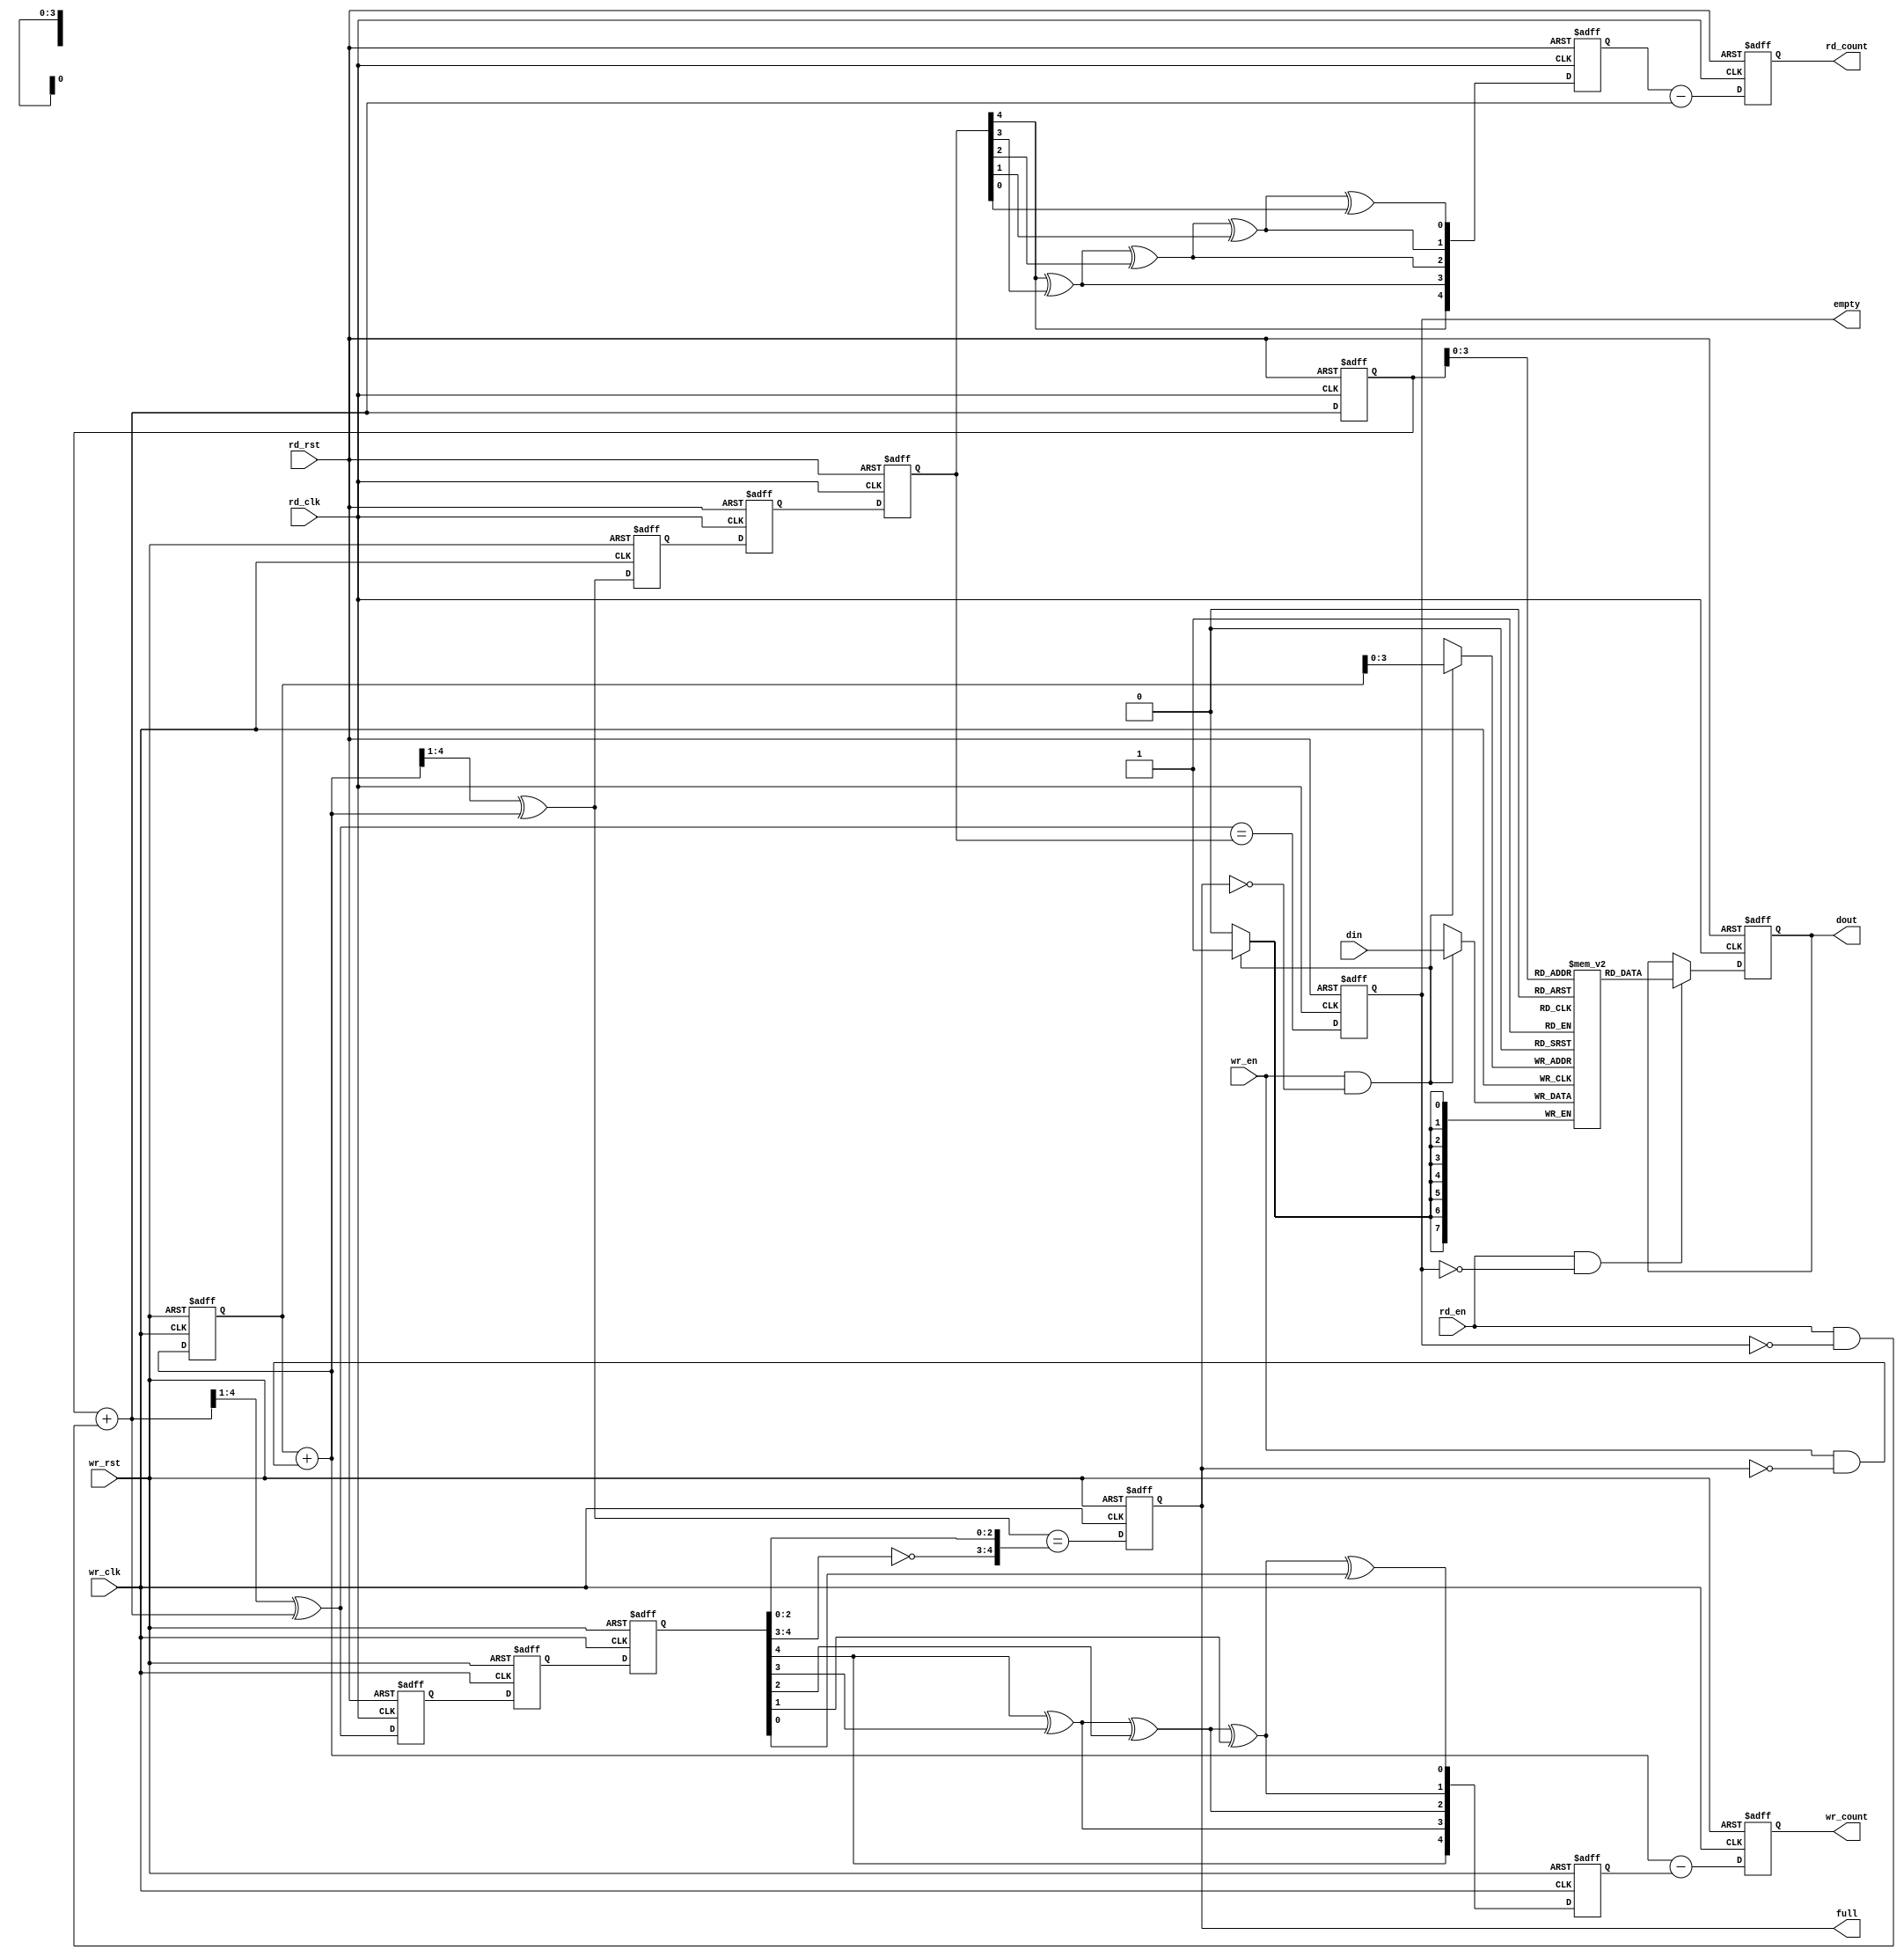
////////////////////////////////////////////////////////////////////////////////
// Description:
//	Generic asynchronous FIFO which supports both normal and 
//	first-word-fall-through mode.
//
////////////////////////////////////////////////////////////////////////////////
module fifo_async(
	wr_rst,
	wr_clk,
	din,
	wr_en,
	full,
	wr_count,
	rd_rst,
	rd_clk,
	dout,
	rd_en,
	empty,
	rd_count
);
parameter DSIZE = 8;
parameter ASIZE = 4;
parameter MODE = "NORMAL";

function [ASIZE:0] gray_encode(input [ASIZE:0] binary);
begin
	gray_encode = (binary>>1) ^ binary;
end
endfunction

function [ASIZE:0] gray_decode(input [ASIZE:0] gray);
	integer i;
begin
	gray_decode[ASIZE] = gray[ASIZE];
	for(i=ASIZE-1;i>=0;i=i-1)
		gray_decode[i] = gray_decode[i+1]^gray[i];
end
endfunction

output [DSIZE-1:0] dout;
output full;
output empty;
output [ASIZE:0] wr_count;
output [ASIZE:0] rd_count;
input [DSIZE-1:0] din;
input wr_en, wr_clk, wr_rst;
input rd_en, rd_clk, rd_rst;

reg full,empty;
reg [ASIZE:0] wptr, rptr;
reg [ASIZE:0] rbin, wbin;
(* ASYNC_REG = "TRUE" *) reg [ASIZE:0] wq2_rptr, wq1_rptr;
(* ASYNC_REG = "TRUE" *) reg [ASIZE:0] rq2_wptr, rq1_wptr;
reg [ASIZE:0] wq2_rbin;
reg [ASIZE:0] rq2_wbin;
reg [ASIZE:0] wr_count;
reg [ASIZE:0] rd_count;

reg [DSIZE-1:0] mem[0:(1<<ASIZE)-1];

wire [ASIZE-1:0] waddr, raddr;
wire [ASIZE:0]  rgraynext, rbinnext,wgraynext,wbinnext;
wire  empty_val,full_val;

reg [DSIZE-1:0] dout_r;
assign dout = dout_r;

generate
if(MODE=="FWFT") begin
    wire [ASIZE-1:0] raddrnext = rbinnext[ASIZE-1:0];
    always @(posedge rd_clk or posedge rd_rst)
    begin
        if(rd_rst)
            dout_r <= 0;
        else
            dout_r <= mem[raddrnext];
    end
end
else begin
    always @(posedge rd_clk or posedge rd_rst)
    begin
        if(rd_rst)
            dout_r <= 0;
        else if(rd_en && !empty)
            dout_r <= mem[raddr];
    end
end
endgenerate

// Write data latch
always@(posedge wr_clk)
begin
	if (wr_en && !full)
		mem[waddr] <= din;
end

// Read pointer synchornization
always @(posedge wr_clk or posedge wr_rst)
	if (wr_rst)
		{wq2_rptr,wq1_rptr} <= 0;
	else
		{wq2_rptr,wq1_rptr} <= {wq1_rptr,rptr};

// Write pointer synchornization
always @(posedge rd_clk or posedge rd_rst)
	if (rd_rst)
		{rq2_wptr,rq1_wptr} <= 0;
	else
		{rq2_wptr,rq1_wptr} <= {rq1_wptr,wptr};

// Read pointers
always @(posedge rd_clk or posedge rd_rst)
begin
if (rd_rst)
	{rbin, rptr} <= 0;
else
	{rbin, rptr} <= {rbinnext, rgraynext};
end

// Memory read-address pointer (okay to use binary to address memory)
assign raddr = rbin[ASIZE-1:0];
assign rbinnext = rbin + (rd_en & ~empty);
//assign rgraynext = (rbinnext>>1) ^ rbinnext;
assign rgraynext = gray_encode(rbinnext);

// FIFO empty when the next rptr == synchronized wptr or on reset
assign empty_val = (rgraynext == rq2_wptr);
always @(posedge rd_clk or posedge rd_rst)
begin
 if (rd_rst)
	 empty <= 1'b1;
 else
	 empty <= empty_val;
end

always @(posedge rd_clk or posedge rd_rst)
begin
	if(rd_rst)
		rq2_wbin <= 0;
	else
		rq2_wbin <= gray_decode(rq2_wptr);
end

always @(posedge rd_clk or posedge rd_rst)
begin
	if(rd_rst)
		rd_count <= 0;
	else
		rd_count <= rq2_wbin - rbinnext;
end

// Write pointers
always @(posedge wr_clk or posedge wr_rst)
begin
	if (wr_rst)
		{wbin, wptr} <= 0;
	else
		{wbin, wptr} <= {wbinnext, wgraynext};
end

// Memory write-address pointer (okay to use binary to address memory)
assign waddr = wbin[ASIZE-1:0];
assign wbinnext = wbin + (wr_en & ~full);
//assign wgraynext = (wbinnext>>1) ^ wbinnext;
assign wgraynext = gray_encode(wbinnext);

//------------------------------------------------------------------
// Simplified version of the three necessary full-tests:
// assign full_val=((wgnext[ADDRSIZE] !=wq2_rptr[ADDRSIZE] ) &&
// (wgnext[ADDRSIZE-1] !=wq2_rptr[ADDRSIZE-1]) &&
// (wgnext[ADDRSIZE-2:0]==wq2_rptr[ADDRSIZE-2:0]));

//------------------------------------------------------------------
assign full_val = (wgraynext=={~wq2_rptr[ASIZE:ASIZE-1], wq2_rptr[ASIZE-2:0]});
always @(posedge wr_clk or posedge wr_rst)
begin
	if (wr_rst)
		full <= 1'b0;
	else
		full <= full_val;
end

always @(posedge wr_clk or posedge wr_rst)
begin
	if(wr_rst)
		wq2_rbin <= 0;
	else
		wq2_rbin <= gray_decode(wq2_rptr);
end

always @(posedge wr_clk or posedge wr_rst)
begin
	if(wr_rst)
		wr_count <= 0;
	else
		wr_count <= wbinnext - wq2_rbin;
end

endmodule